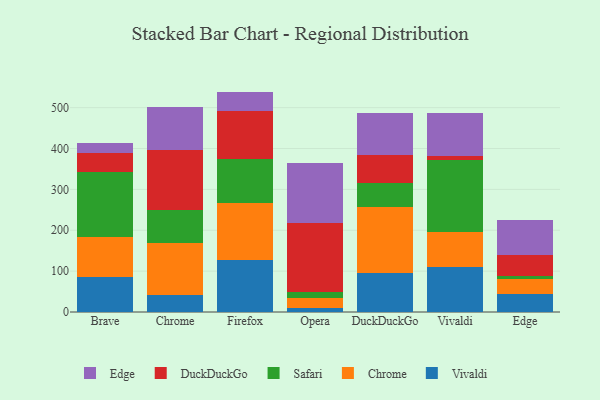
{"axis": {"x": "Browser", "y": "Demand Index"}, "legend": ["Chrome", "DuckDuckGo", "Edge", "Safari", "Vivaldi"], "data": [{"x": "Brave", "y": 85.3, "type": "Vivaldi"}, {"x": "Brave", "y": 98.3, "type": "Chrome"}, {"x": "Brave", "y": 158.0, "type": "Safari"}, {"x": "Brave", "y": 47.4, "type": "DuckDuckGo"}, {"x": "Brave", "y": 24.0, "type": "Edge"}, {"x": "Chrome", "y": 41.3, "type": "Vivaldi"}, {"x": "Chrome", "y": 128.5, "type": "Chrome"}, {"x": "Chrome", "y": 78.8, "type": "Safari"}, {"x": "Chrome", "y": 146.9, "type": "DuckDuckGo"}, {"x": "Chrome", "y": 105.9, "type": "Edge"}, {"x": "Firefox", "y": 126.1, "type": "Vivaldi"}, {"x": "Firefox", "y": 141.3, "type": "Chrome"}, {"x": "Firefox", "y": 106.8, "type": "Safari"}, {"x": "Firefox", "y": 116.9, "type": "DuckDuckGo"}, {"x": "Firefox", "y": 48.2, "type": "Edge"}, {"x": "Opera", "y": 9.0, "type": "Vivaldi"}, {"x": "Opera", "y": 25.9, "type": "Chrome"}, {"x": "Opera", "y": 14.8, "type": "Safari"}, {"x": "Opera", "y": 167.4, "type": "DuckDuckGo"}, {"x": "Opera", "y": 147.4, "type": "Edge"}, {"x": "DuckDuckGo", "y": 96.6, "type": "Vivaldi"}, {"x": "DuckDuckGo", "y": 161.0, "type": "Chrome"}, {"x": "DuckDuckGo", "y": 58.1, "type": "Safari"}, {"x": "DuckDuckGo", "y": 67.3, "type": "DuckDuckGo"}, {"x": "DuckDuckGo", "y": 103.8, "type": "Edge"}, {"x": "Vivaldi", "y": 111.2, "type": "Vivaldi"}, {"x": "Vivaldi", "y": 84.1, "type": "Chrome"}, {"x": "Vivaldi", "y": 176.1, "type": "Safari"}, {"x": "Vivaldi", "y": 11.3, "type": "DuckDuckGo"}, {"x": "Vivaldi", "y": 104.5, "type": "Edge"}, {"x": "Edge", "y": 43.8, "type": "Vivaldi"}, {"x": "Edge", "y": 35.8, "type": "Chrome"}, {"x": "Edge", "y": 8.8, "type": "Safari"}, {"x": "Edge", "y": 50.8, "type": "DuckDuckGo"}, {"x": "Edge", "y": 85.1, "type": "Edge"}]}